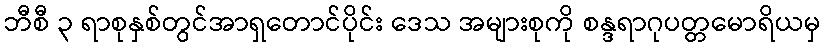
ဘီစီ ၃ ရာစုနှစ်တွင်အာရှတောင်ပိုင်း ဒေသ အများစုကို စန္ဒရာဂုပတ္တမောရိယမှ